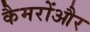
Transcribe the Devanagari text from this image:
कैमरोंऔर